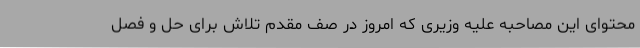
محتوای این مصاحبه علیه وزیری که امروز در صف مقدم تلاش برای حل و فصل